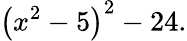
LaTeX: \left(x^{2}-5\right)^{2}-24.